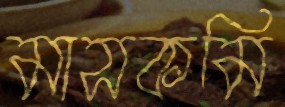
মাসকমি